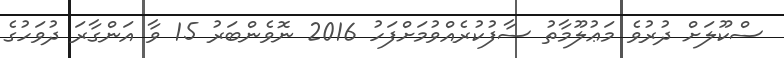
ސްކޫލަށް ދުރުވެ މަޢުލޫމާތު ސާފުކުރެއްވުމަށްފަހު 2016 ނޮވެންބަރު 15 ވާ އަންގާރަ ދުވަހުގެ